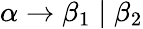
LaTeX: \alpha\rightarrow\beta_{1}\mid\beta_{2}